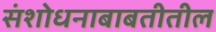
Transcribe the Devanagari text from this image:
संशोधनाबाबतीतील